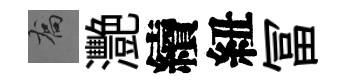
喬灧續紐冨